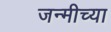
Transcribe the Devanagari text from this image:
जन्मीच्या